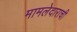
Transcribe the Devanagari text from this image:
मामलेदाराची